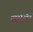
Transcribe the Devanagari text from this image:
समत्वं